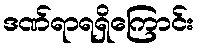
ဒဏ်ရာရရှိကြောင်း